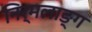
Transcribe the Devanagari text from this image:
निर्मलाङ्ग